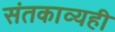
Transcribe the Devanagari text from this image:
संतकाव्यही